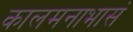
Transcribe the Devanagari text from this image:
कालमनाभासं